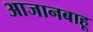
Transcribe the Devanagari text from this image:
आजानबाहू